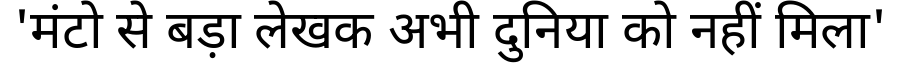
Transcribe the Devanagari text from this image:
'मंटो से बड़ा लेखक अभी दुनिया को नहीं मिला'